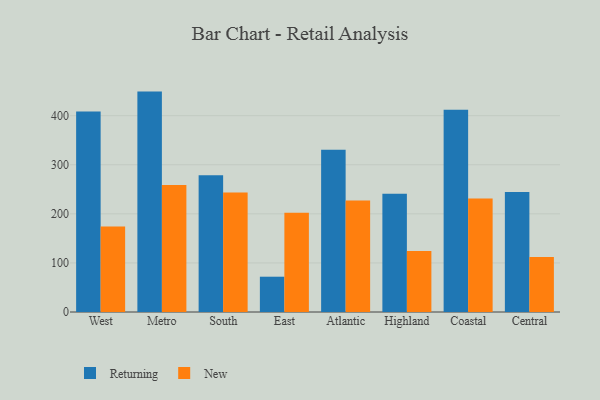
{"axis": {"x": "Region", "y": "Website Visitors"}, "legend": ["New", "Returning"], "data": [{"x": "West", "y": 408.7, "type": "Returning"}, {"x": "West", "y": 174.1, "type": "New"}, {"x": "Metro", "y": 449.1, "type": "Returning"}, {"x": "Metro", "y": 258.9, "type": "New"}, {"x": "South", "y": 278.8, "type": "Returning"}, {"x": "South", "y": 243.3, "type": "New"}, {"x": "East", "y": 71.9, "type": "Returning"}, {"x": "East", "y": 202.4, "type": "New"}, {"x": "Atlantic", "y": 330.4, "type": "Returning"}, {"x": "Atlantic", "y": 227.0, "type": "New"}, {"x": "Highland", "y": 241.2, "type": "Returning"}, {"x": "Highland", "y": 124.4, "type": "New"}, {"x": "Coastal", "y": 412.0, "type": "Returning"}, {"x": "Coastal", "y": 231.2, "type": "New"}, {"x": "Central", "y": 244.6, "type": "Returning"}, {"x": "Central", "y": 112.2, "type": "New"}]}